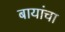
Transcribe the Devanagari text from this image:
बायांचा